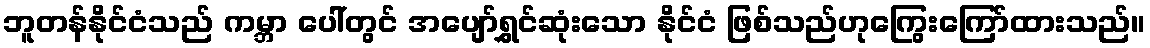
ဘူတန်နိုင်ငံသည် ကမ္ဘာ ပေါ်တွင် အပျော်ရွှင်ဆုံးသော နိုင်ငံ ဖြစ်သည်ဟုကြွေးကြော်ထားသည်။